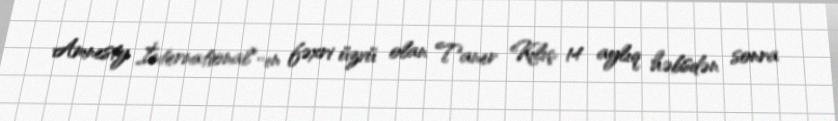
Amnesty İnternational"-ın fəxri üzvü olan Taner Kılıç 14 aylıq həbsdən sonra